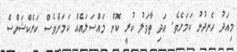
މިއަދު ހެނދުނު ކަމަށެވެ. އަދި ތާވަލު ކުރީ ކޮން މައްސަލައެއް ކަމަށްވެސް ކަރެކްޝަންސް